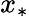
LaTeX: x_{\ast}